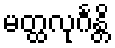
မတ္ထလုင်္ဂန္တိ